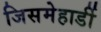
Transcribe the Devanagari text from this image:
जिसमेहार्डी